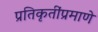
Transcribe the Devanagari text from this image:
प्रतिकृतींप्रमाणे